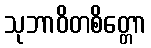
သုဘာဝိတစိတ္တော